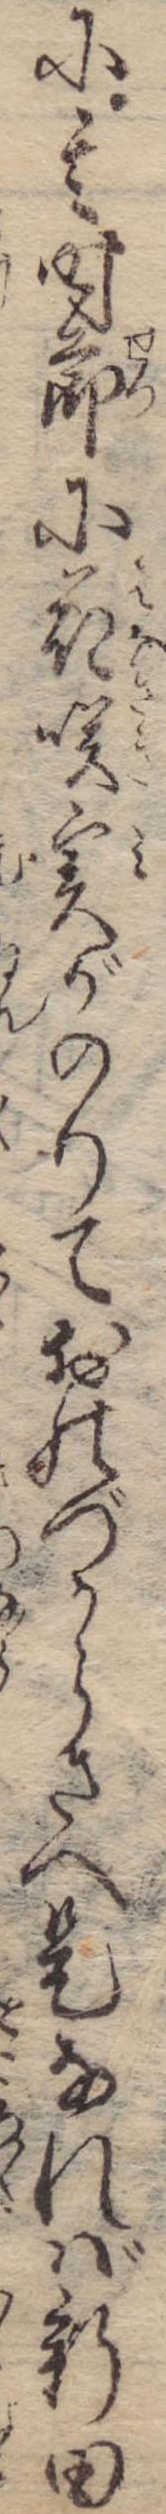
に其時節に花咲実がのりておのづからさへ是なれば新田